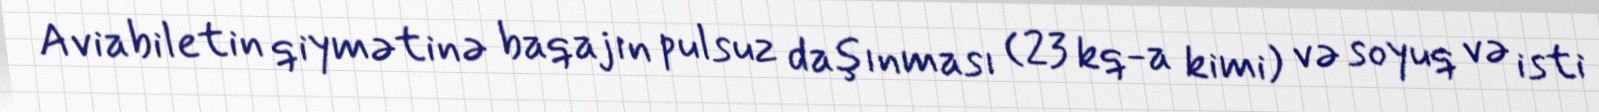
Aviabiletin qiymətinə baqajın pulsuz daşınması (23 kq-a kimi) və soyuq və isti